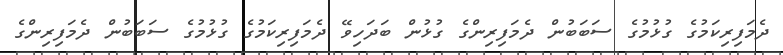
ދެމަފިރިކަމުގެ ގުޅުމުގެ ސަބަބުން ދެމަފިރިންގެ ގުޅުން ބަދަހިވޭ ދެމަފިރިކަމުގެ ގުޅުމުގެ ސަބަބުން ދެމަފިރިންގެ